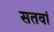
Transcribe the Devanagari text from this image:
सतवां